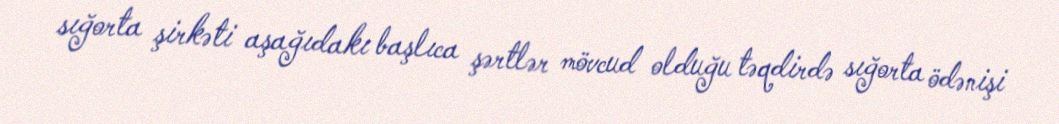
sığorta şirkəti aşağıdakı başlıca şərtlər mövcud olduğu təqdirdə sığorta ödənişi